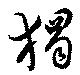
独